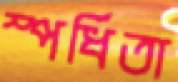
স্পর্ধিতা